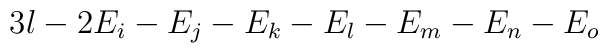
3l-2E_{i}-E_{j}-E_{k}-E_{l}-E_{m}-E_{n}-E_{o}